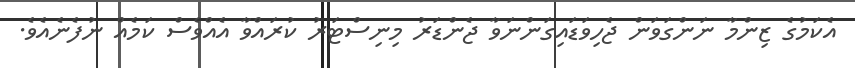
އެކަމުގެ ޒިންމާ ނަންގަވަން ޖެހިވަޑައިގަންނަވާ ޖެންޑަރު މިނިސްޓަރު ކުރައްވާ އެއްވެސް ކަމެއް ނުފެނެއެވެ.